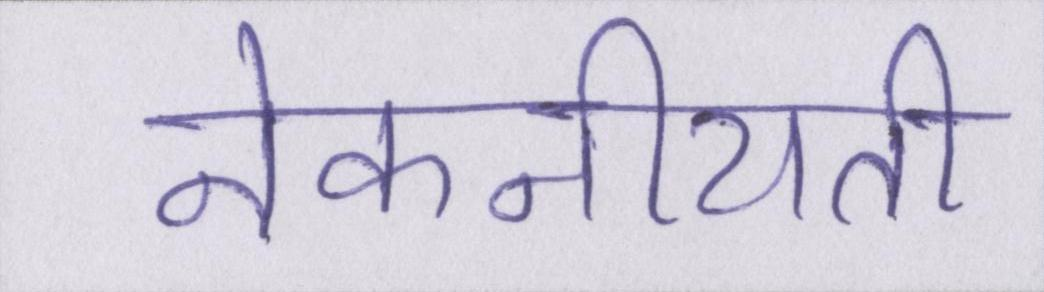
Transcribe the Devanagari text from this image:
नेकनीयती